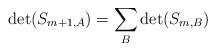
LaTeX: \begin{align*}\det(S_{m+1,A}) = \sum_B \det(S_{m,B})\end{align*}